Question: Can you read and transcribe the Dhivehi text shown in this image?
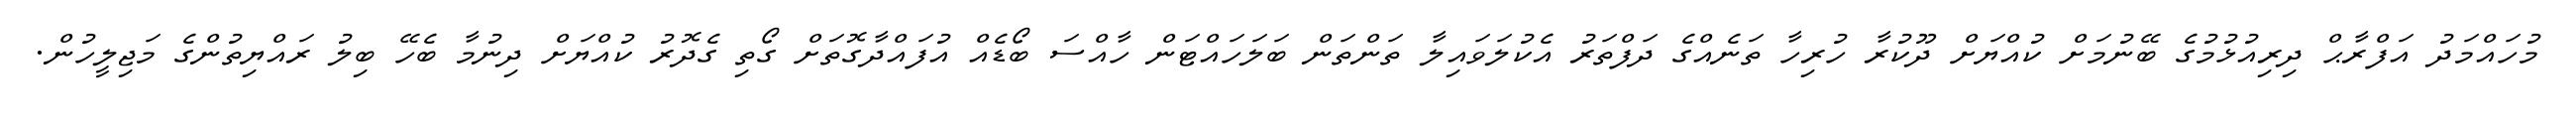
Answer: މުހައްމަދު އަފްރާޙް ދިރިއުޅުމުގެ ބޭނުމަށް ކުއްޔަށް ދޫކުރާ ހުރިހާ ތަނެއްގެ ދަފްތަރު އެކުލަވައިލާ ތަންތަން ބަލަހައްޓަން ހާއްސަ ބޯޑެއް އުފައްދާގޮތަށް ގޯތި ގެދޮރު ކުއްޔަށް ދިނުމާ ބެހޭ ބިލު ރައްޔިތުންގެ މަޖިލީހުން.